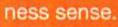
ness sense.